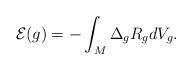
LaTeX: \begin{align*}\mathcal{E}(g)=-\int_{M}\Delta_gR_gdV_g.\end{align*}